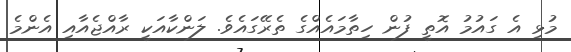
މުޅި އެ ގައުމު އޮތީ ފުން ހިތާމައެއްގެ ތެރޭގައެވެ. ލަންކާއަކީ ރާއްޖެއާއި އެންމެ